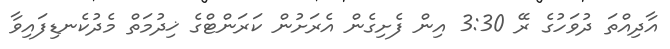
އާދިއްތަ ދުވަހުގެ ރޭ 3:30 އިން ފެށިގެން އެރަށުން ކަރަންޓްގެ ޚިދުމަތް މެދުކެނޑިފައިވާ